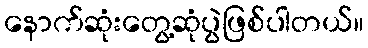
နောက်ဆုံးတွေ့ဆုံပွဲဖြစ်ပါတယ်။